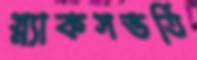
স্ন্যাকসভর্তি